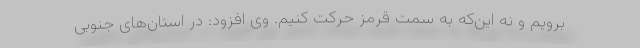
برویم و نه این‌که به سمت قرمز حرکت کنیم. وی افزود: در استان‌های جنوبی